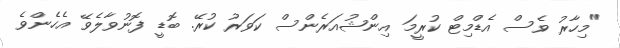
"މިހާރު ވެސް އެޑްމިޓް ކުރީމަ އިންޝުއަރެންސް ކަވަރު ކުރޭ. ބޮޑީ ފޮނުވާލެވޭ އެހެންވެ